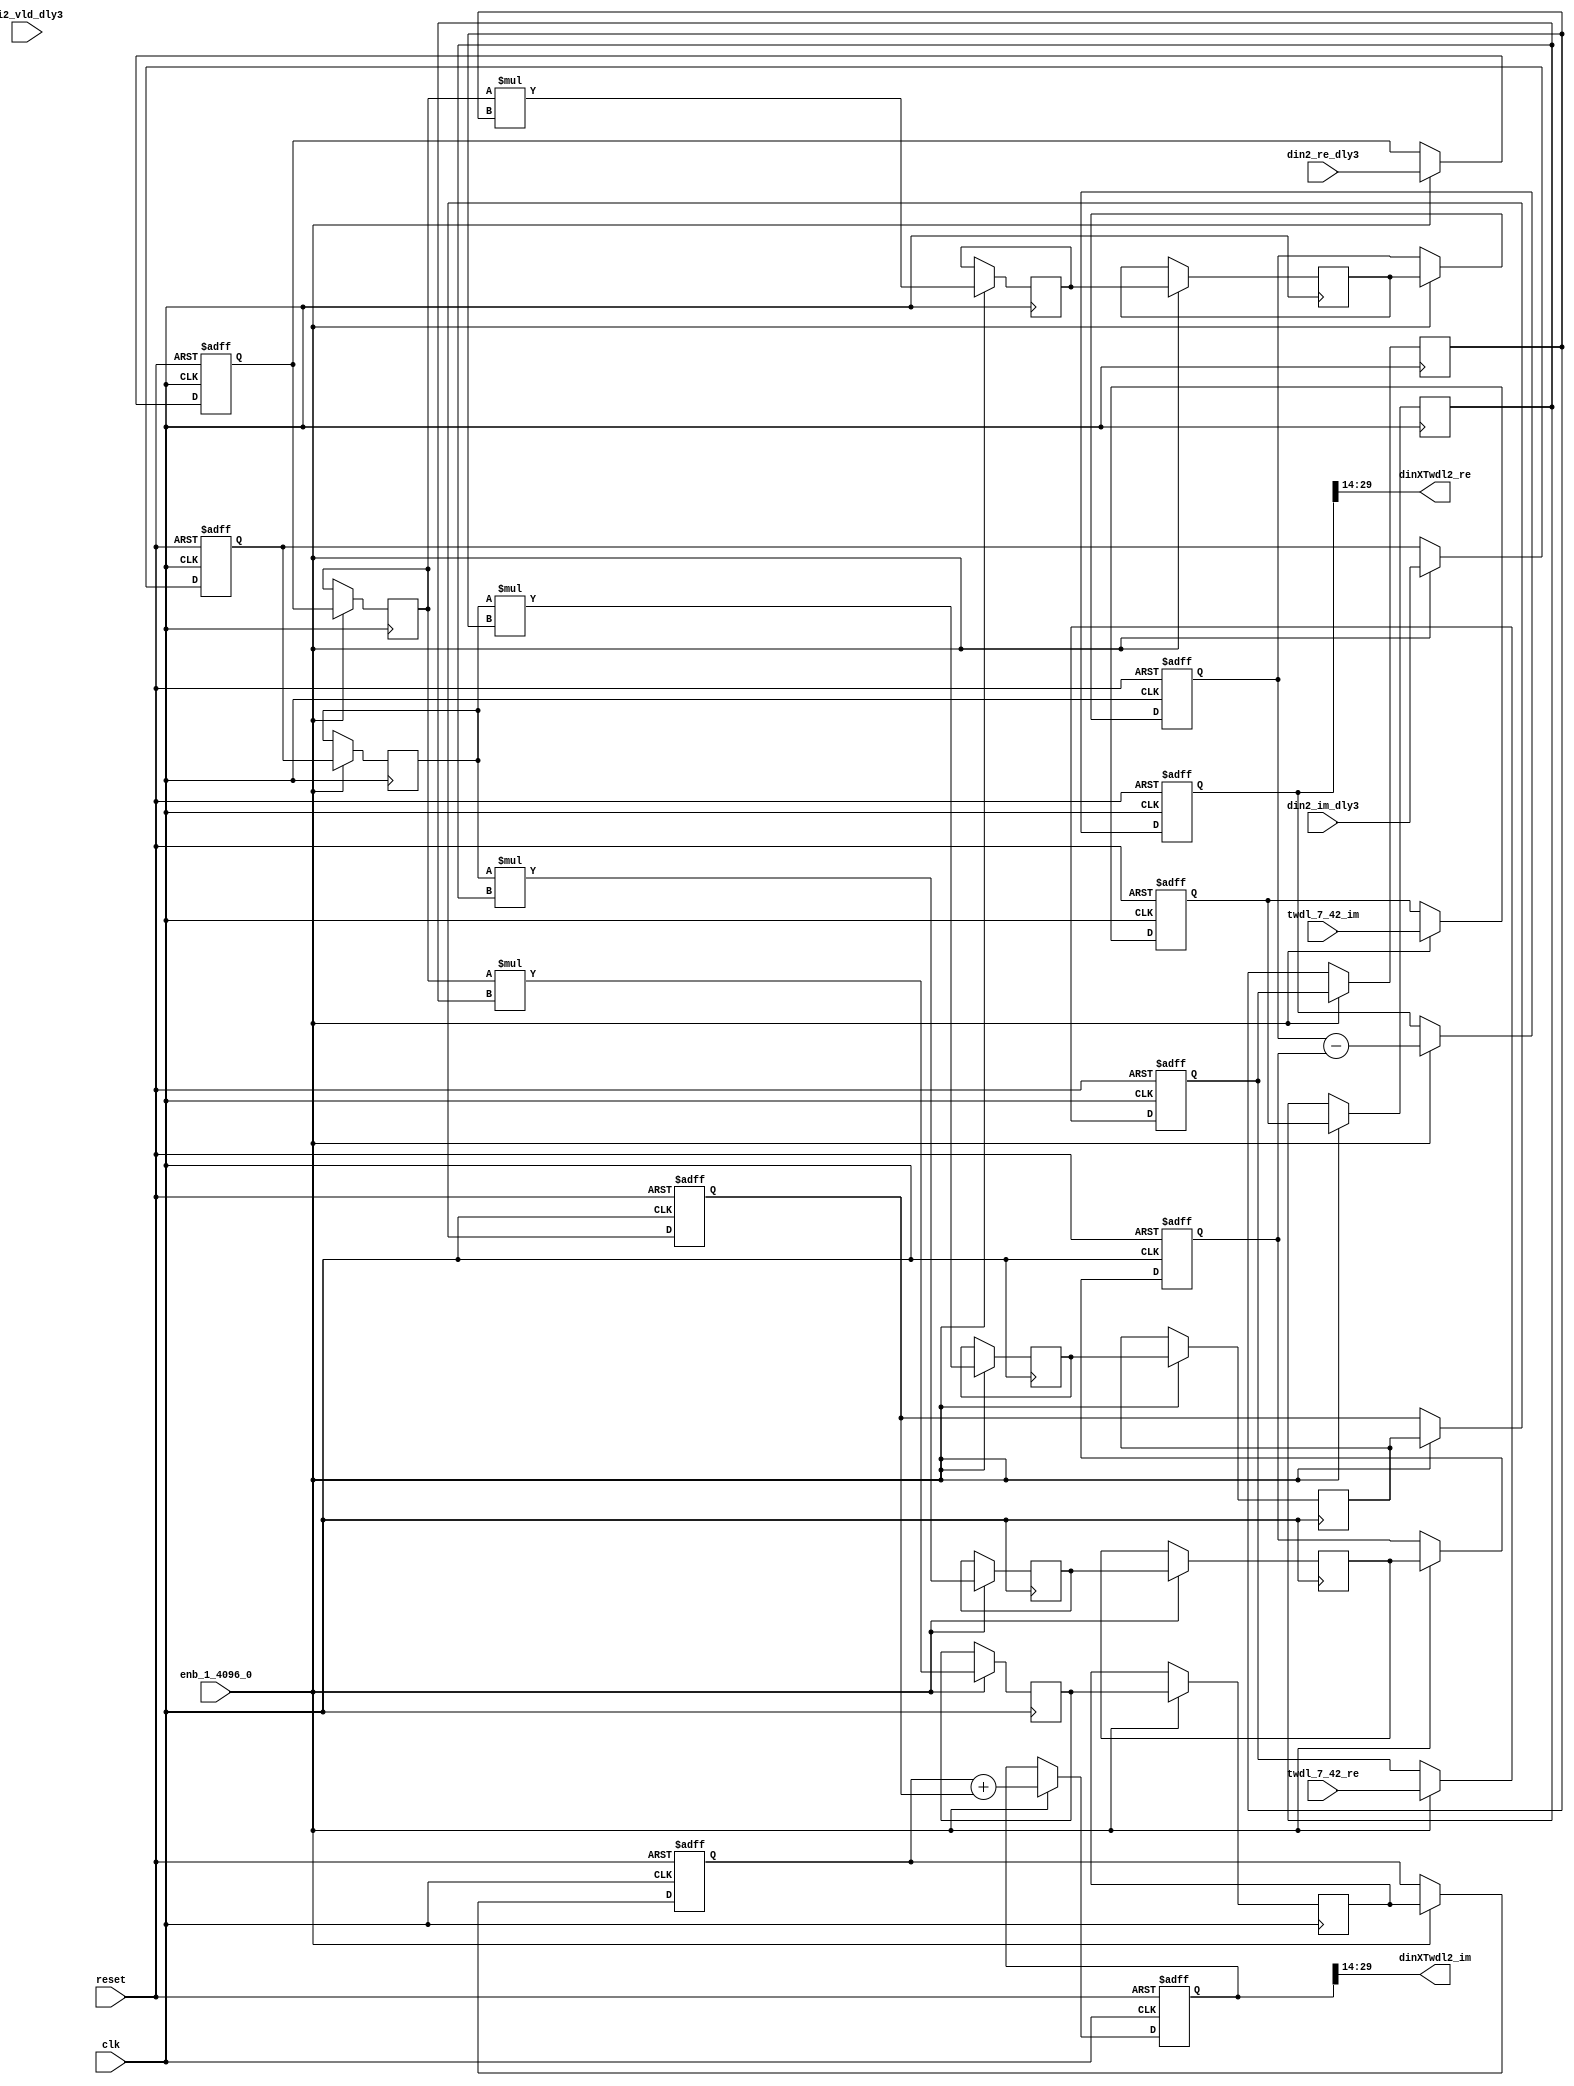
// -------------------------------------------------------------
// 
// 
// Generated by MATLAB 9.14 and HDL Coder 4.1
// 
// -------------------------------------------------------------


// -------------------------------------------------------------
// 
// Module: Complex4Multiply_block137
// Source Path: dsphdl.IFFT/RADIX22FFT_SDNF1_7/Complex4Multiply
// Hierarchy Level: 5
// 
// -------------------------------------------------------------

`timescale 1 ns / 1 ns

module Complex4Multiply_block137
          (clk,
           reset,
           enb_1_4096_0,
           din2_re_dly3,
           din2_im_dly3,
           di2_vld_dly3,
           twdl_7_42_re,
           twdl_7_42_im,
           dinXTwdl2_re,
           dinXTwdl2_im);


  input   clk;
  input   reset;
  input   enb_1_4096_0;
  input   signed [15:0] din2_re_dly3;  // sfix16_En14
  input   signed [15:0] din2_im_dly3;  // sfix16_En14
  input   di2_vld_dly3;
  input   signed [15:0] twdl_7_42_re;  // sfix16_En14
  input   signed [15:0] twdl_7_42_im;  // sfix16_En14
  output  signed [15:0] dinXTwdl2_re;  // sfix16_En14
  output  signed [15:0] dinXTwdl2_im;  // sfix16_En14


  reg signed [15:0] din_re_reg;  // sfix16_En14
  reg signed [15:0] din_im_reg;  // sfix16_En14
  reg signed [15:0] twdl_re_reg;  // sfix16_En14
  reg signed [15:0] twdl_im_reg;  // sfix16_En14
  reg signed [15:0] Complex4Multiply_din1_re_pipe1;  // sfix16
  reg signed [15:0] Complex4Multiply_din1_im_pipe1;  // sfix16
  reg signed [31:0] Complex4Multiply_mult1_re_pipe1;  // sfix32
  reg signed [31:0] Complex4Multiply_mult2_re_pipe1;  // sfix32
  reg signed [31:0] Complex4Multiply_mult1_im_pipe1;  // sfix32
  reg signed [31:0] Complex4Multiply_mult2_im_pipe1;  // sfix32
  reg signed [15:0] Complex4Multiply_twiddle_re_pipe1;  // sfix16
  reg signed [15:0] Complex4Multiply_twiddle_im_pipe1;  // sfix16
  reg signed [31:0] prod1_re;  // sfix32_En28
  reg signed [31:0] prod1_im;  // sfix32_En28
  reg signed [31:0] prod2_re;  // sfix32_En28
  reg signed [31:0] prod2_im;  // sfix32_En28
  reg  din_vld_dly1;
  reg  din_vld_dly2;
  reg  din_vld_dly3;
  reg  prod_vld;
  reg signed [32:0] Complex4Add_multRes_re_reg;  // sfix33
  reg signed [32:0] Complex4Add_multRes_im_reg;  // sfix33
  reg  Complex4Add_prod_vld_reg1;
  reg signed [31:0] Complex4Add_prod1_re_reg;  // sfix32
  reg signed [31:0] Complex4Add_prod1_im_reg;  // sfix32
  reg signed [31:0] Complex4Add_prod2_re_reg;  // sfix32
  reg signed [31:0] Complex4Add_prod2_im_reg;  // sfix32
  wire signed [32:0] Complex4Add_multRes_re_reg_next;  // sfix33_En28
  wire signed [32:0] Complex4Add_multRes_im_reg_next;  // sfix33_En28
  wire signed [32:0] Complex4Add_sub_cast;  // sfix33_En28
  wire signed [32:0] Complex4Add_sub_cast_1;  // sfix33_En28
  wire signed [32:0] Complex4Add_add_cast;  // sfix33_En28
  wire signed [32:0] Complex4Add_add_cast_1;  // sfix33_En28
  wire signed [32:0] mulResFP_re;  // sfix33_En28
  wire signed [32:0] mulResFP_im;  // sfix33_En28
  reg  din_vld_dly9;

  initial begin
    Complex4Multiply_din1_re_pipe1 = 16'sb0000000000000000;
    Complex4Multiply_din1_im_pipe1 = 16'sb0000000000000000;
    Complex4Multiply_twiddle_re_pipe1 = 16'sb0000000000000000;
    Complex4Multiply_twiddle_im_pipe1 = 16'sb0000000000000000;
    Complex4Multiply_mult1_re_pipe1 = 32'sb00000000000000000000000000000000;
    Complex4Multiply_mult2_re_pipe1 = 32'sb00000000000000000000000000000000;
    Complex4Multiply_mult1_im_pipe1 = 32'sb00000000000000000000000000000000;
    Complex4Multiply_mult2_im_pipe1 = 32'sb00000000000000000000000000000000;
    prod1_re = 32'sb00000000000000000000000000000000;
    prod2_re = 32'sb00000000000000000000000000000000;
    prod1_im = 32'sb00000000000000000000000000000000;
    prod2_im = 32'sb00000000000000000000000000000000;
  end

  always @(posedge clk or posedge reset)
    begin : intdelay_process
      if (reset == 1'b1) begin
        din_re_reg <= 16'sb0000000000000000;
      end
      else begin
        if (enb_1_4096_0) begin
          din_re_reg <= din2_re_dly3;
        end
      end
    end



  always @(posedge clk or posedge reset)
    begin : intdelay_1_process
      if (reset == 1'b1) begin
        din_im_reg <= 16'sb0000000000000000;
      end
      else begin
        if (enb_1_4096_0) begin
          din_im_reg <= din2_im_dly3;
        end
      end
    end



  always @(posedge clk or posedge reset)
    begin : intdelay_2_process
      if (reset == 1'b1) begin
        twdl_re_reg <= 16'sb0000000000000000;
      end
      else begin
        if (enb_1_4096_0) begin
          twdl_re_reg <= twdl_7_42_re;
        end
      end
    end



  always @(posedge clk or posedge reset)
    begin : intdelay_3_process
      if (reset == 1'b1) begin
        twdl_im_reg <= 16'sb0000000000000000;
      end
      else begin
        if (enb_1_4096_0) begin
          twdl_im_reg <= twdl_7_42_im;
        end
      end
    end



  // Complex4Multiply
  always @(posedge clk)
    begin : Complex4Multiply_process
      if (enb_1_4096_0) begin
        prod1_re <= Complex4Multiply_mult1_re_pipe1;
        prod2_re <= Complex4Multiply_mult2_re_pipe1;
        prod1_im <= Complex4Multiply_mult1_im_pipe1;
        prod2_im <= Complex4Multiply_mult2_im_pipe1;
        Complex4Multiply_mult1_re_pipe1 <= Complex4Multiply_din1_re_pipe1 * Complex4Multiply_twiddle_re_pipe1;
        Complex4Multiply_mult2_re_pipe1 <= Complex4Multiply_din1_im_pipe1 * Complex4Multiply_twiddle_im_pipe1;
        Complex4Multiply_mult1_im_pipe1 <= Complex4Multiply_din1_re_pipe1 * Complex4Multiply_twiddle_im_pipe1;
        Complex4Multiply_mult2_im_pipe1 <= Complex4Multiply_din1_im_pipe1 * Complex4Multiply_twiddle_re_pipe1;
        Complex4Multiply_twiddle_re_pipe1 <= twdl_re_reg;
        Complex4Multiply_twiddle_im_pipe1 <= twdl_im_reg;
        Complex4Multiply_din1_re_pipe1 <= din_re_reg;
        Complex4Multiply_din1_im_pipe1 <= din_im_reg;
      end
    end



  always @(posedge clk or posedge reset)
    begin : intdelay_4_process
      if (reset == 1'b1) begin
        din_vld_dly1 <= 1'b0;
      end
      else begin
        if (enb_1_4096_0) begin
          din_vld_dly1 <= di2_vld_dly3;
        end
      end
    end



  always @(posedge clk or posedge reset)
    begin : intdelay_5_process
      if (reset == 1'b1) begin
        din_vld_dly2 <= 1'b0;
      end
      else begin
        if (enb_1_4096_0) begin
          din_vld_dly2 <= din_vld_dly1;
        end
      end
    end



  always @(posedge clk or posedge reset)
    begin : intdelay_6_process
      if (reset == 1'b1) begin
        din_vld_dly3 <= 1'b0;
      end
      else begin
        if (enb_1_4096_0) begin
          din_vld_dly3 <= din_vld_dly2;
        end
      end
    end



  always @(posedge clk or posedge reset)
    begin : intdelay_7_process
      if (reset == 1'b1) begin
        prod_vld <= 1'b0;
      end
      else begin
        if (enb_1_4096_0) begin
          prod_vld <= din_vld_dly3;
        end
      end
    end



  // Complex4Add
  always @(posedge clk or posedge reset)
    begin : Complex4Add_process
      if (reset == 1'b1) begin
        Complex4Add_multRes_re_reg <= 33'sh000000000;
        Complex4Add_multRes_im_reg <= 33'sh000000000;
        Complex4Add_prod1_re_reg <= 32'sb00000000000000000000000000000000;
        Complex4Add_prod1_im_reg <= 32'sb00000000000000000000000000000000;
        Complex4Add_prod2_re_reg <= 32'sb00000000000000000000000000000000;
        Complex4Add_prod2_im_reg <= 32'sb00000000000000000000000000000000;
        Complex4Add_prod_vld_reg1 <= 1'b0;
        din_vld_dly9 <= 1'b0;
      end
      else begin
        if (enb_1_4096_0) begin
          Complex4Add_multRes_re_reg <= Complex4Add_multRes_re_reg_next;
          Complex4Add_multRes_im_reg <= Complex4Add_multRes_im_reg_next;
          Complex4Add_prod1_re_reg <= prod1_re;
          Complex4Add_prod1_im_reg <= prod1_im;
          Complex4Add_prod2_re_reg <= prod2_re;
          Complex4Add_prod2_im_reg <= prod2_im;
          din_vld_dly9 <= Complex4Add_prod_vld_reg1;
          Complex4Add_prod_vld_reg1 <= prod_vld;
        end
      end
    end

  assign Complex4Add_sub_cast = {Complex4Add_prod1_re_reg[31], Complex4Add_prod1_re_reg};
  assign Complex4Add_sub_cast_1 = {Complex4Add_prod2_re_reg[31], Complex4Add_prod2_re_reg};
  assign Complex4Add_multRes_re_reg_next = Complex4Add_sub_cast - Complex4Add_sub_cast_1;
  assign Complex4Add_add_cast = {Complex4Add_prod1_im_reg[31], Complex4Add_prod1_im_reg};
  assign Complex4Add_add_cast_1 = {Complex4Add_prod2_im_reg[31], Complex4Add_prod2_im_reg};
  assign Complex4Add_multRes_im_reg_next = Complex4Add_add_cast + Complex4Add_add_cast_1;
  assign mulResFP_re = Complex4Add_multRes_re_reg;
  assign mulResFP_im = Complex4Add_multRes_im_reg;



  assign dinXTwdl2_re = mulResFP_re[29:14];



  assign dinXTwdl2_im = mulResFP_im[29:14];



endmodule  // Complex4Multiply_block137